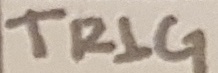
Text: TRIG